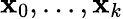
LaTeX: \mathbf{x}_{0},...,\mathbf{x}_{k}